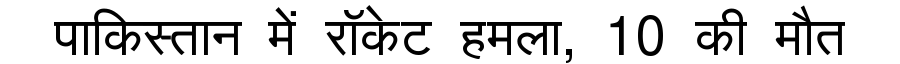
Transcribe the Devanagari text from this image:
पाकिस्तान में रॉकेट हमला, 10 की मौत